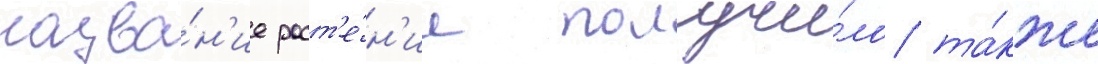
назва́н'ие раст'е́н'ие получи́ло та́кже